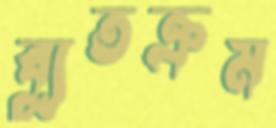
ব্যুতক্রম